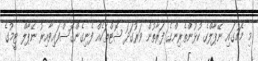
މި މެޗުގައި ނޭޕާލްގެ ކުޅުންތެރިންގެ ފަރާތުން ވަރުގަދަ ޝޮޓްތަކެއް ފެނިގެންގޮސްފައިވާއިރު ނޭޕާލް ޓީމުގެ